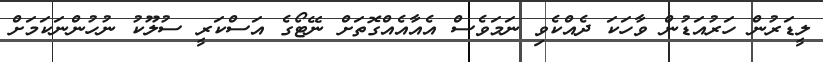
ލީޑަރުން ހަރުއަޑުން ވާހަކަ ދެއްކެވި ނަމަވެސް އެއާއެއްގޮތަށް ނޭޓޯގެ އަސްކަރީ ސުލޫކު ނުހުންނަކަމަށް